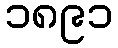
၁၈၉၁